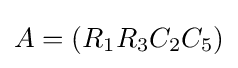
A=(R_{1}R_{3}C_{2}C_{5})